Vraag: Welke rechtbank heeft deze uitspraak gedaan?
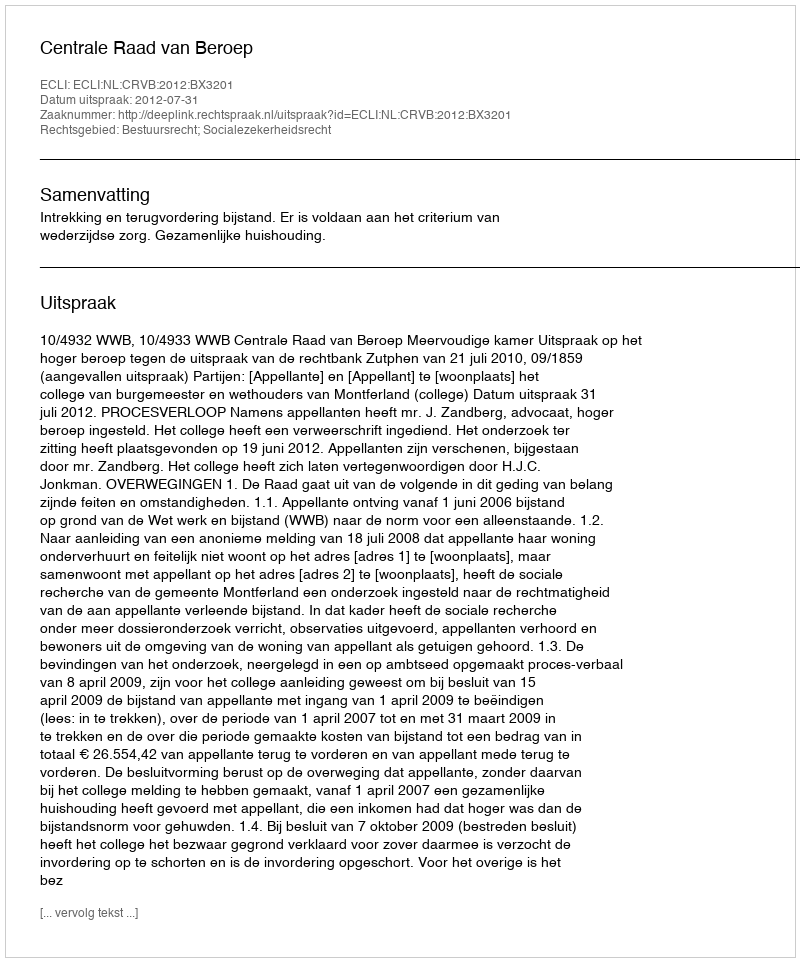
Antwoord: Centrale Raad van Beroep